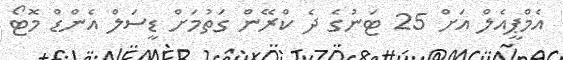
އެމްޕީއެލް އަށް 25 ޓަނުގެ ދެ ކްރޭން ގަތުމަށް ޑީސަލް އެންޑް މޮޓޯ